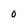
Character: o